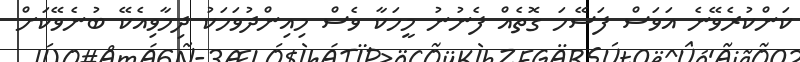
ކަންކުރެވޭނެ އަވަސް ފަސޭހަ ގޮތެއް ފެނުނު މީހަކާ ވެސް މިއިންދުވަހަކު ދިމާވިއެކޭ ބުނެވޭކަށް